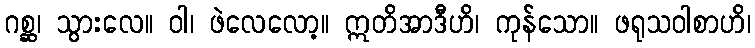
ဂစ္ဆ၊ သွားလေ။ ဝါ၊ ဖဲလေလော့။ ဣတိအာဒီဟိ၊ ကုန်သော။ ဖရုသဝါစာဟိ၊